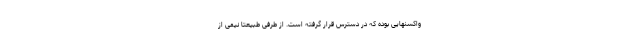
واکسنهایی بوده که در دسترس قرار گرفته است. از طرفی طبیعتا نیمی از